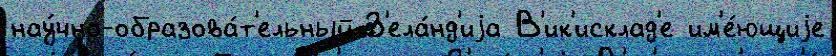
нау́чно-образова́т'ельный З'ела́нд'иjа В'ик'исклад'е им'е́ющиjе